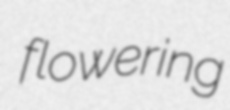
flowering